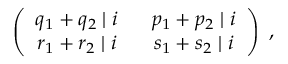
\left( \begin{array} { c c } { { q _ { 1 } + q _ { 2 } \mid i } } & { { ~ ~ p _ { 1 } + p _ { 2 } \mid i } } \\ { { r _ { 1 } + r _ { 2 } \mid i } } & { { ~ ~ s _ { 1 } + s _ { 2 } \mid i } } \end{array} \right) ~ ,